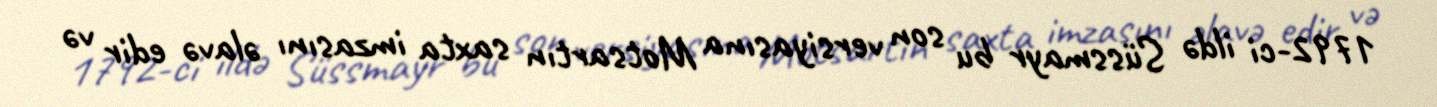
1792-ci ildə Süssmayr bu son versiyasına Motsartın saxta imzasını əlavə edir və